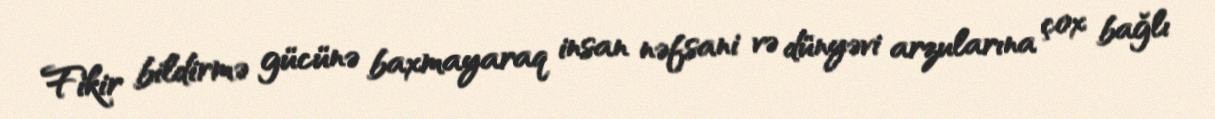
Fikir bildirmə gücünə baxmayaraq insan nəfsani və dünyəvi arzularına çox bağlı